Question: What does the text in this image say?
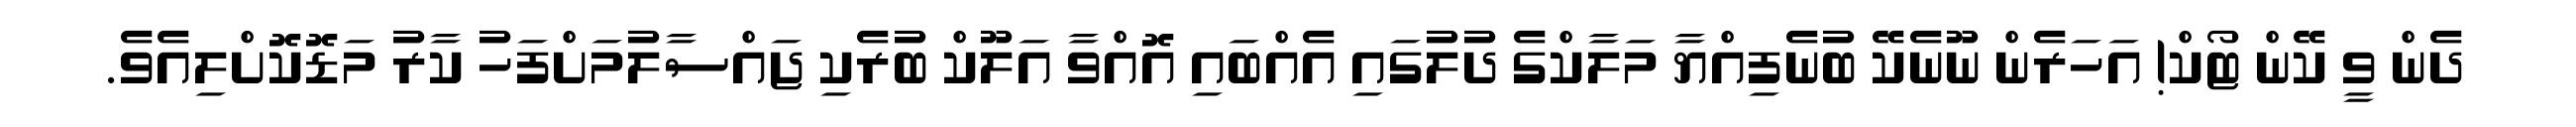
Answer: ދެން ވީ ކޭން ޓޯކް! އަހަރެން ނޫނެކޭ ބުނެފިއްޔާ މަލާކްގެ ދުލުގައި އެއްބައި އޮއްވާ އަލޫކް ބުރެކި ޖައްސާލުމަށްފަހު ކާރު މަޑޮކޮށްލިއެވެ.